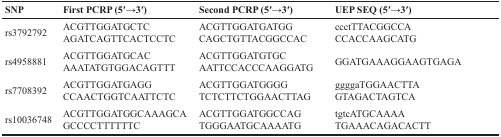
<table><thead><tr><td><b>SNP</b></td><td><b>First PCRP (5′→3′)</b></td><td><b>Second PCRP (5′→3′)</b></td><td><b>UEP SEQ (5′→3′)</b></td></tr></thead><tbody><tr><td>rs3792792</td><td>ACGTTGGATGCTC AGATCAGTTCACTCCTC</td><td>ACGTTGGATGATGG CAGCTGTTACGGCCAC</td><td>ccctTTACGGCCA CCACCAAGCATG</td></tr><tr><td>rs4958881</td><td>ACGTTGGATGCAC AAATATGTGGACAGTTT</td><td>ACGTTGGATGTGC AATTCCACCCAAGGATG</td><td>GGATGAAAGGAAGTGAGA</td></tr><tr><td>rs7708392</td><td>ACGTTGGATGAGG CCAACTGGTCAATTCTC</td><td>ACGTTGGATGGGG TCTCTTCTGGAACTTAG</td><td>ggggaTGGAACTTA GTAGACTAGTCA</td></tr><tr><td>rs10036748</td><td>ACGTTGGATGGCAAAGCAGCCCCTTTTTTC</td><td>ACGTTGGATGGCCAG TGGGAATGCAAAATG</td><td>tgtcATGCAAAA TGAAACAGACACTT</td></tr></tbody></table>